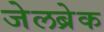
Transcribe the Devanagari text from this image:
जेलब्रेक